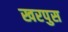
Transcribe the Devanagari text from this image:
खरपुस